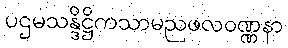
ပဌမသန္ဒိဋ္ဌိကသာမညဖလဝဏ္ဏနာ